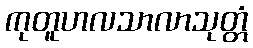
ကုတူဟလသာလာသုတ္တံ